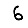
Digit: 6